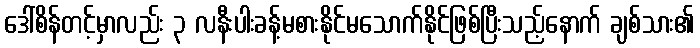
ဒေါ်စိန်တင့်မှာလည်း ၃ လနီးပါးခန့်မစားနိုင်မသောက်နိုင်ဖြစ်ပြီးသည့်နောက် ချစ်သား၏